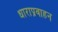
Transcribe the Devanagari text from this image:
धाराप्रवाहन